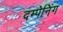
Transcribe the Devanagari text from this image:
दम्पेनिंग